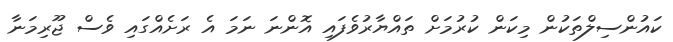
ކައުންސިލްތަކުން މިކަން ކުރުމަށް ތައްޔާރުވެފައި އޮންނަ ނަމަ އެ ރަށެއްގައި ވެސް ޖޫރިމަނާ